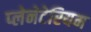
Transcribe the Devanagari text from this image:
प्‍लेनेटेरियम